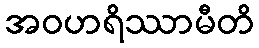
အဝဟရိဿာမီတိ